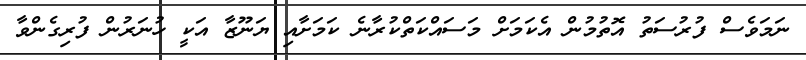
ނަމަވެސް ފުރުސަތު އޮތުމުން އެކަމަށް މަސައްކަތްކުރާނެ ކަމަށާއި ޔަނޫޒާ އަކީ ހުނަރުން ފުރިގެންވާ